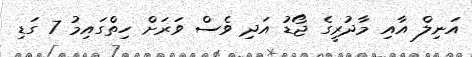
އަނިލް އާއި މާދުރީގެ ޖޯޑު އަދި ވެސް ވަރަށް ހިތްގައިމު 7 ގަޑި